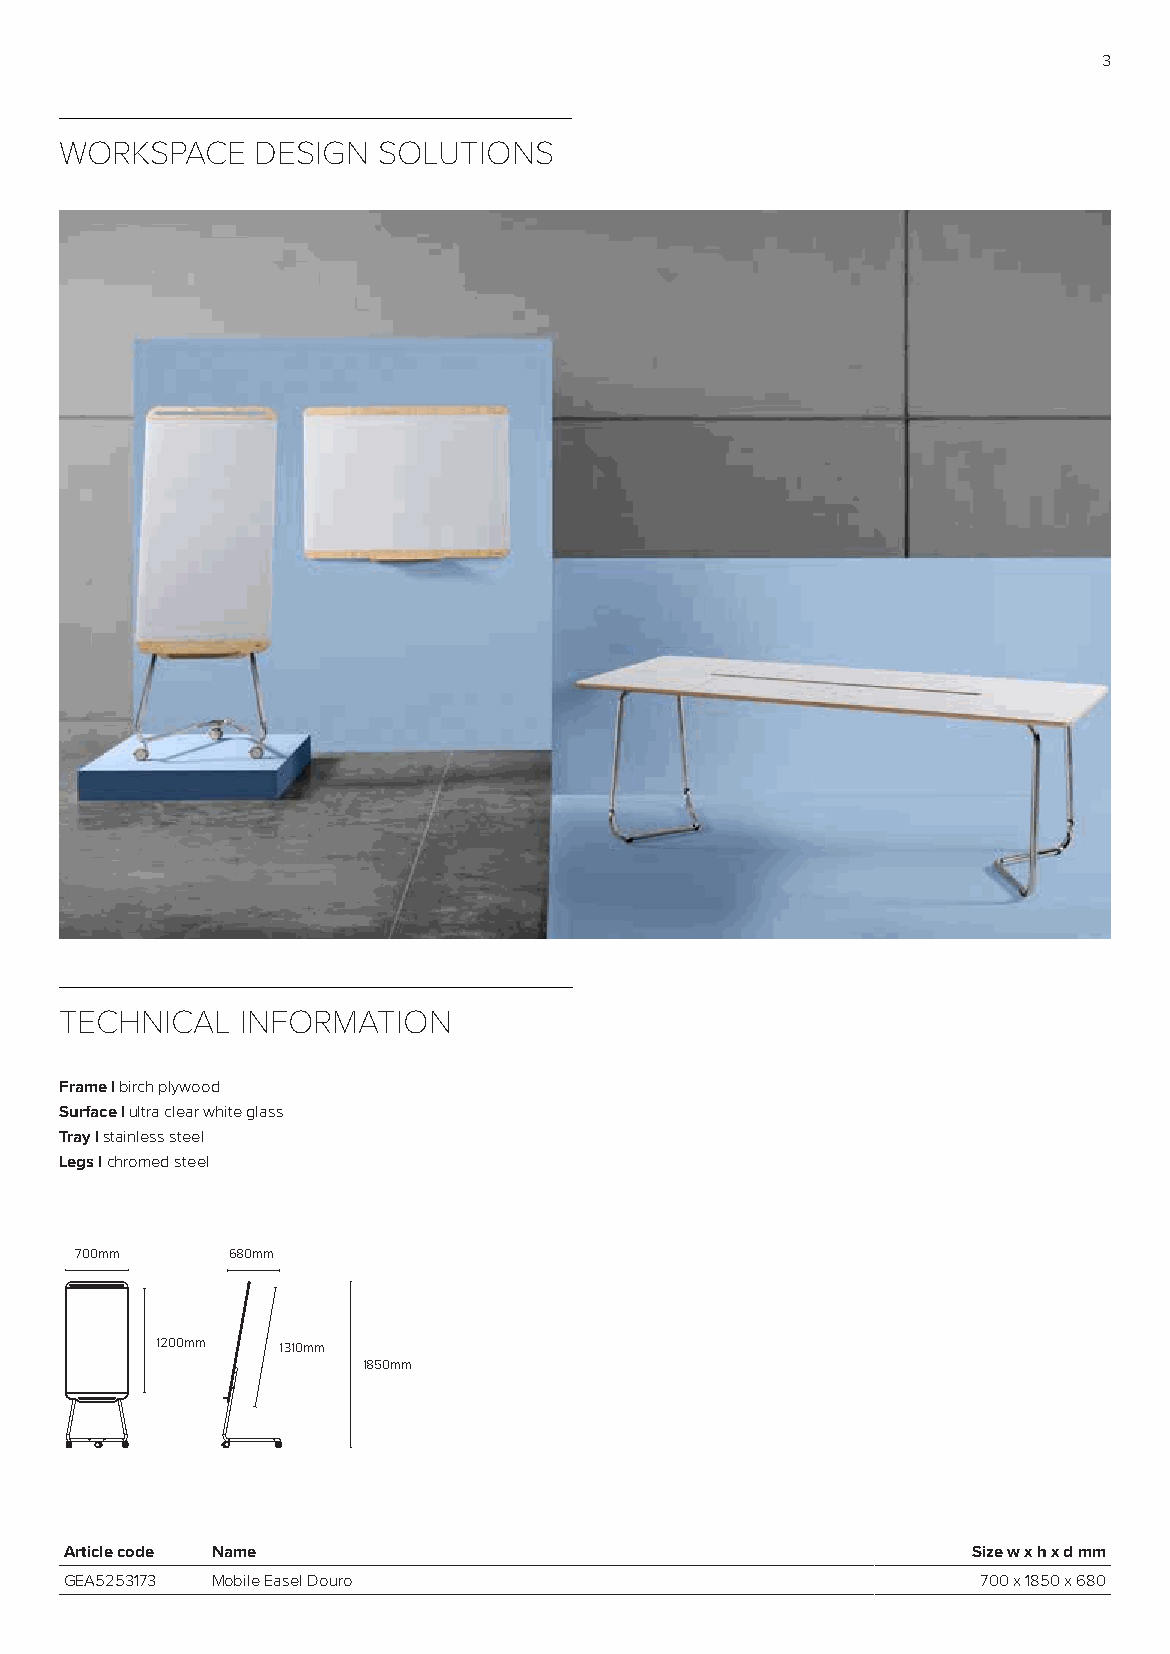
3
 WORKSPACE    DESIGN  SOLUTIONS
 TECHNICAL   INFORMATION
 Frame | birch plywood
 Surface | ultra clear white glass
 Tray | stainless steel
 Legs | chromed steel
 700mm     680mm
 1200mm  1310mm
 1850mm
 Article code Name                                           Size w x h x d mm
 GEA5253173 Mobile Easel Douro                                700 x 1850 x 680